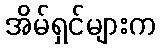
အိမ်ရှင်များက